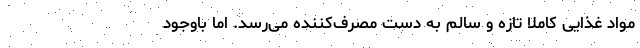
مواد غذایی کاملا تازه و سالم‌ به دست مصرف‌کننده می‌رسد. اما باوجود